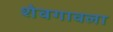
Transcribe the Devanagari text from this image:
शेवगावला